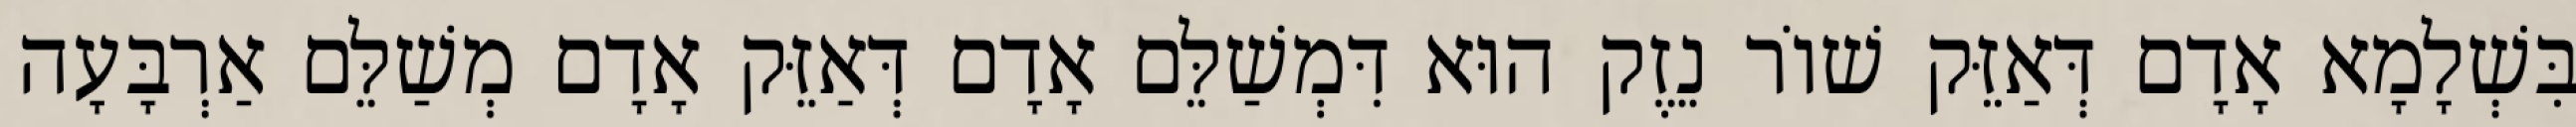
בִּשְׁלָמָא אָדָם דְּאַזֵּק שׁוֹר נֵזֶק הוּא דִּמְשַׁלֵּם אָדָם דְּאַזֵּק אָדָם מְשַׁלֵּם אַרְבָּעָה